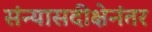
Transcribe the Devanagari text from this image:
संन्यासदीक्षेनंतर